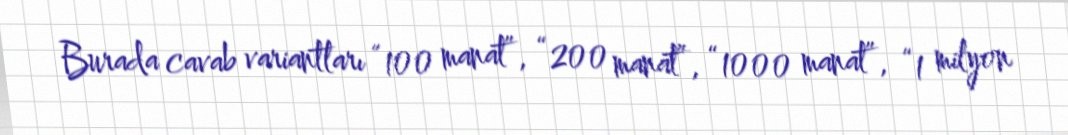
Burada cavab variantları “100 manat”, “200 manat”, “1000 manat”, “1 milyon